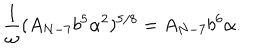
\frac { 1 } { \omega } ( A _ { N - 7 } b ^ { 5 } \alpha ^ { 2 } ) ^ { 5 / 8 } = A _ { N - 7 } b ^ { 6 } \alpha .